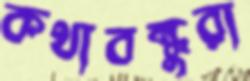
কথাবন্ধুরা